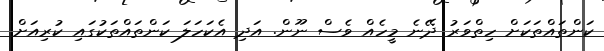
ކަންތައްތަކަށް ހިތްވަރު ދޭނެ މީހެއް ވެސް ނޫން. އަދި އެކަހަލަ ކަންތައްތަކުގައި ކުރިއަށް